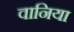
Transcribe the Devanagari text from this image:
वानिया